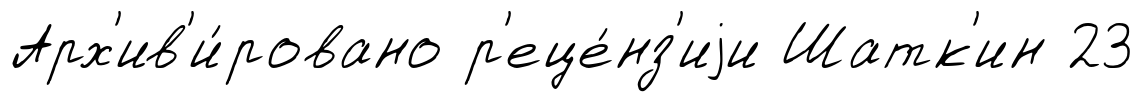
Арх'ив'и́ровано р'еце́нз'иjи Шатк'ин 23